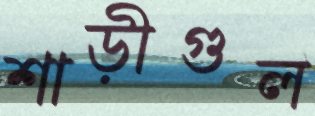
শাড়ীগুল